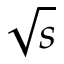
\sqrt { s }